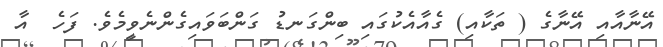
އޭނާއާއި އޭނާގެ ( ތަކާއި) ގެއާއެކުގައި ބިންގަނޑު ގަންބަވައިގެންނެވީމެވެ. ފަހެ  އާ